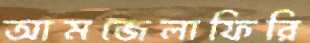
আমজেলাফিরি